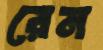
রেন